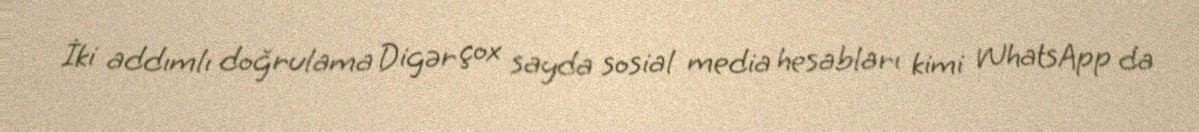
İki addımlı doğrulama Digər çox sayda sosial media hesabları kimi WhatsApp da